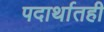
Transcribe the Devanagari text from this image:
पदार्थातही